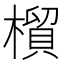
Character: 橮